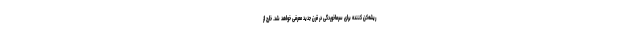
ریشه‌کن کننده برای سرماخوردگی در قرن جدید معرفی خواهد شد. خارج از